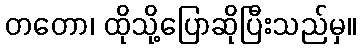
တတော၊ ထိုသို့ပြောဆိုပြီးသည်မှ။